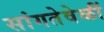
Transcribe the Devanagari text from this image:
सांगतेवेळीं